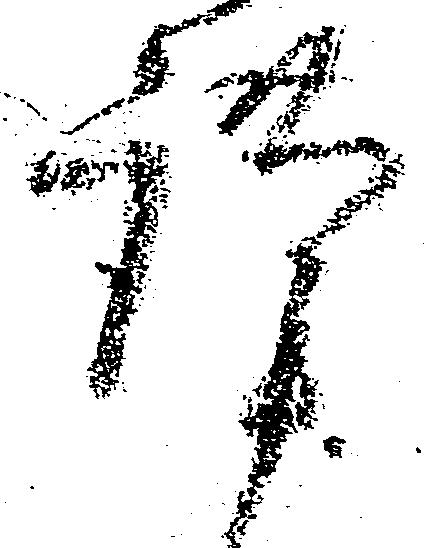
謹